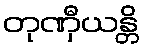
တုဏှီယန္တိ